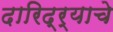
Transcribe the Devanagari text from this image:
दारिद्र्याचे